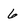
Character: 6